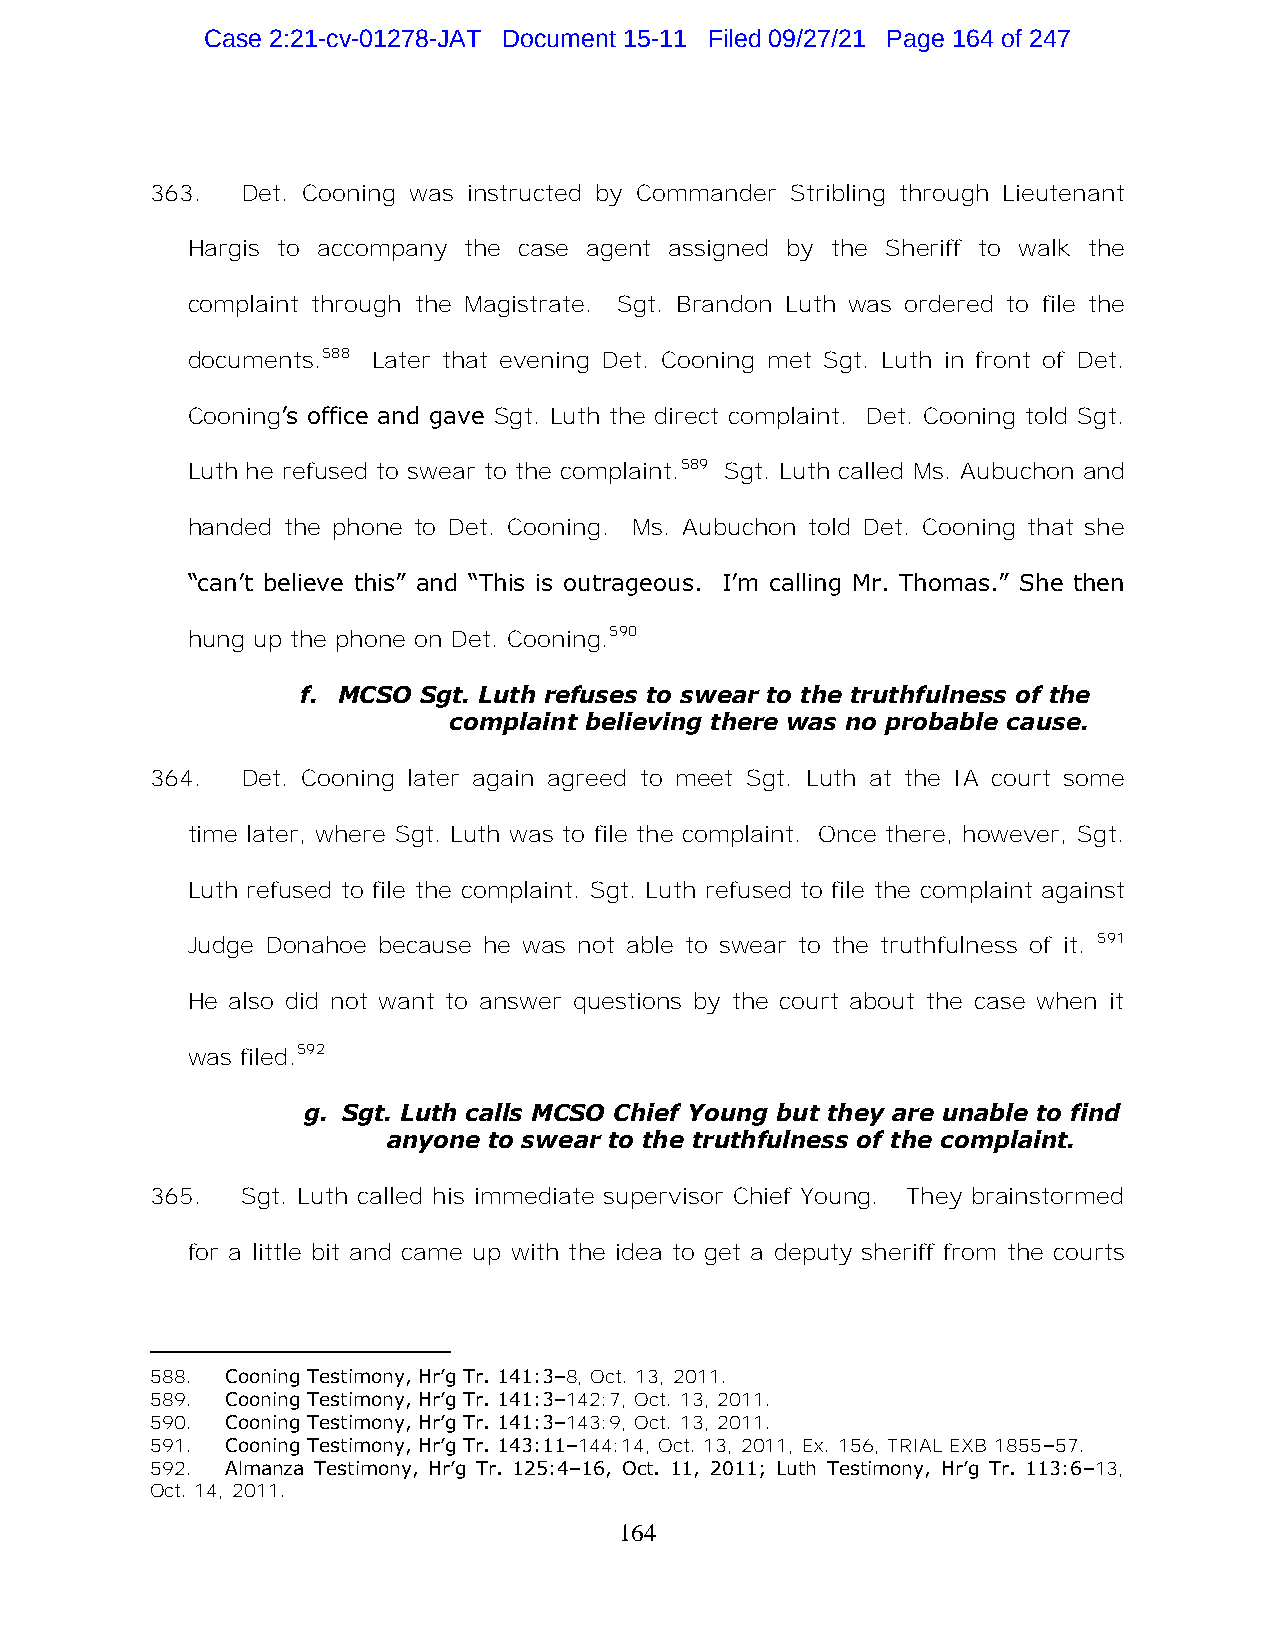
Case 2:21-cv-01278-JAT Document 15-11 Filed 09/27/21 Page 164 of 247
 363.  Det. Cooning was instructed by Commander Stribling through Lieutenant
 Hargis to accompany the case agent assigned by the Sheriff to walk the
 complaint through the Magistrate. Sgt. Brandon Luth was ordered to file the
 documents.588 Later that evening Det. Cooning met Sgt. Luth in front of Det.
 Cooning’s office and gave Sgt. Luth the direct complaint. Det. Cooning told Sgt.
 Luth he refused to swear to the complaint.589 Sgt. Luth called Ms. Aubuchon and
 handed the phone to Det. Cooning. Ms. Aubuchon told Det. Cooning that she
 “can’t believe this” and “This is outrageous. I’m calling Mr. Thomas.” She then
 hung up the phone on Det. Cooning.590
 f. MCSO Sgt. Luth refuses to swear to the truthfulness of the
 complaint believing there was no probable cause.
 364.  Det. Cooning later again agreed to meet Sgt. Luth at the IA court some
 time later, where Sgt. Luth was to file the complaint. Once there, however, Sgt.
 Luth refused to file the complaint. Sgt. Luth refused to file the complaint against
 Judge Donahoe because he was not able to swear to the truthfulness of it. 591
 He also did not want to answer questions by the court about the case when it
 was filed.592
 g. Sgt. Luth calls MCSO Chief Young but they are unable to find
 anyone to swear to the truthfulness of the complaint.
 365.  Sgt. Luth called his immediate supervisor Chief Young. They brainstormed
 for a little bit and came up with the idea to get a deputy sheriff from the courts
 588. Cooning Testimony, Hr’g Tr. 141:3–8, Oct. 13, 2011.
 589. Cooning Testimony, Hr’g Tr. 141:3–142:7, Oct. 13, 2011.
 590. Cooning Testimony, Hr’g Tr. 141:3–143:9, Oct. 13, 2011.
 591. Cooning Testimony, Hr’g Tr. 143:11–144:14, Oct. 13, 2011, Ex. 156, TRIAL EXB 1855–57.
 592. Almanza Testimony, Hr’g Tr. 125:4–16, Oct. 11, 2011; Luth Testimony, Hr’g Tr. 113:6–13,
 Oct. 14, 2011.
 164